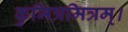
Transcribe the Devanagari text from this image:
कुमित्रमित्रम्।